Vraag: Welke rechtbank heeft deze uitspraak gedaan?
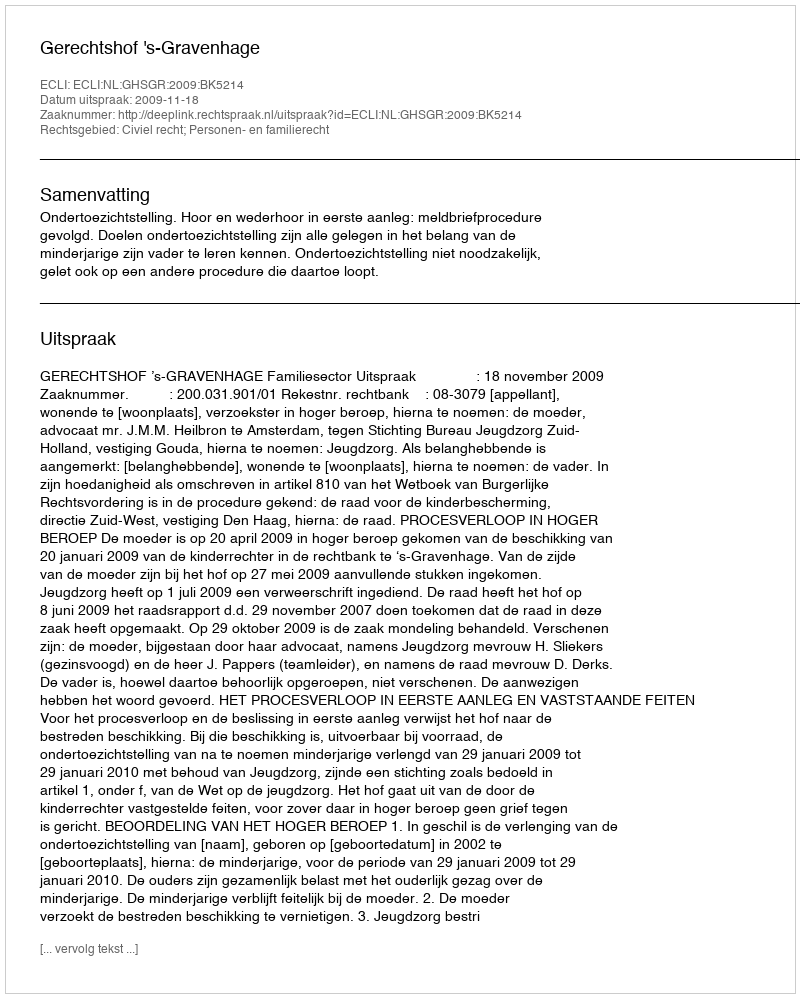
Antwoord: Gerechtshof 's-Gravenhage